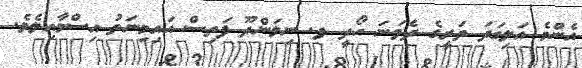
އެންމެ އަލިގަދަ ތަރީގެ ދެވަނަ ހޯދީ ފ. ނިލަންދޫ ފަތިސް އައިމިނަތު އިސްމާއިލެވެ.